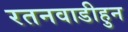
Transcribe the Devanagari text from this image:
रतनवाडीहुन